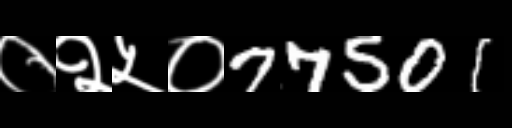
Text: ०२५०77501